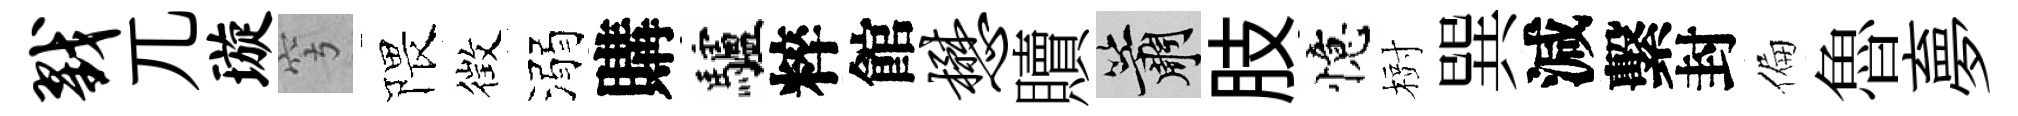
戮兀璇穹隈徴溺購驢粹館懋贖簫肢憶𣗳巽減繫封偏魯夣